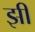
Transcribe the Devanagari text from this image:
झीं